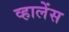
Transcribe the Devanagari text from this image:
व्हालेंस